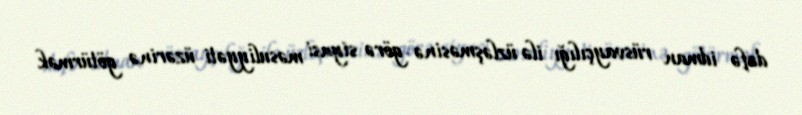
dəfə idman rüsvayçılığı ilə üzləşməsinə görə siyasi məsuliyyəti üzərinə götürmək